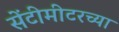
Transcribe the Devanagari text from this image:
सेंटीमीटरच्या